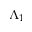
\Lambda _ { 1 }